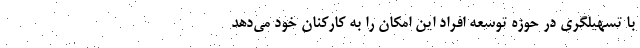
با تسهیلگری در حوزه توسعه افراد این امکان را به کارکنان خود می‌دهد